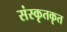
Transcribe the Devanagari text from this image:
संस्कृतकृत